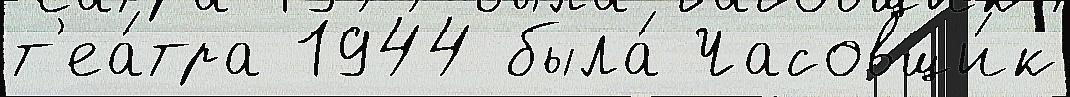
т'еа́тра 1944 была́ Часовщи́к